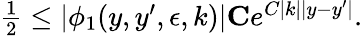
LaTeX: \begin{array}{r}{\frac 12\leq|\phi_{1}(y,y^{\prime},\epsilon,k)|\le Ce^{C|k||y-y^{\prime}|}.}\end{array}